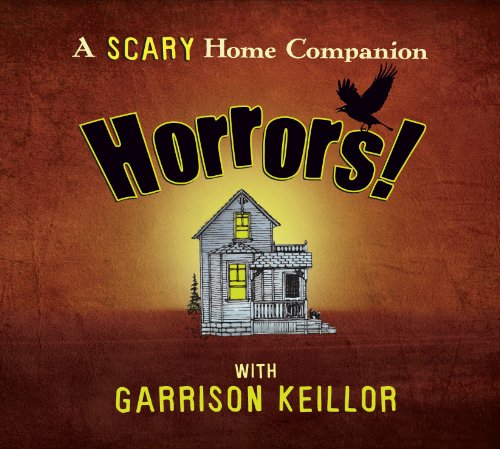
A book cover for Horrors (Prairie Home Companion); Garrison Keillor; Humor & Entertainment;